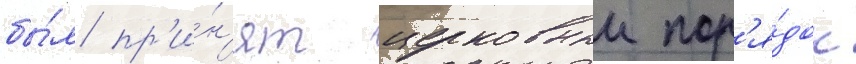
бы́л пр'и́н'ят церковныи пор'я́док